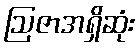
ဩဇာအရှိဆုံး